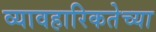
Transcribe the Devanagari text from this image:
व्यावहारिकतेच्या